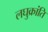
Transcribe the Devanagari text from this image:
लघुक्रांति